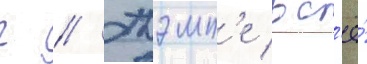
г // Тэмп'е вс'ё́